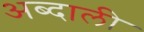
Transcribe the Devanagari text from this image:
अब्‍दाली